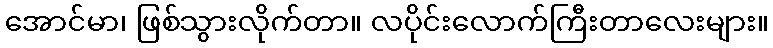
အောင်မာ၊ ဖြစ်သွားလိုက်တာ။ လပိုင်းလောက်ကြီးတာလေးများ။